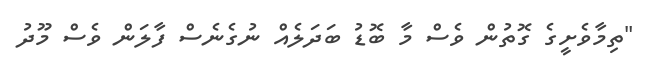
"ތިމާވެށީގެ ގޮތުން ވެސް މާ ބޮޑު ބަދަލެއް ނުގެނެސް ފާލަން ވެސް މޫދު